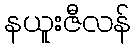
နယူးဇီလန်